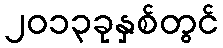
၂၀၁၃ခုနှစ်တွင်